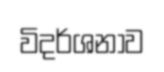
විදර්ශනාව